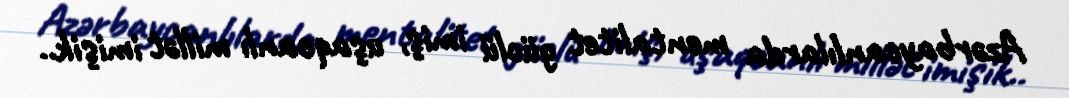
Azərbaycanlılarda mentalitet güclü imiş, uşaqcanlı millət imişik..